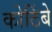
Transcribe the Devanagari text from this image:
कोठिंबे